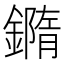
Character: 𨬍